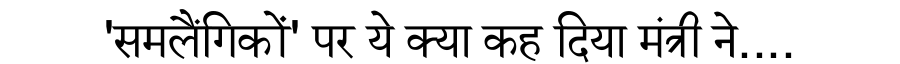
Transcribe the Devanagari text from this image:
'समलैंगिकों' पर ये क्या कह दिया मंत्री ने....